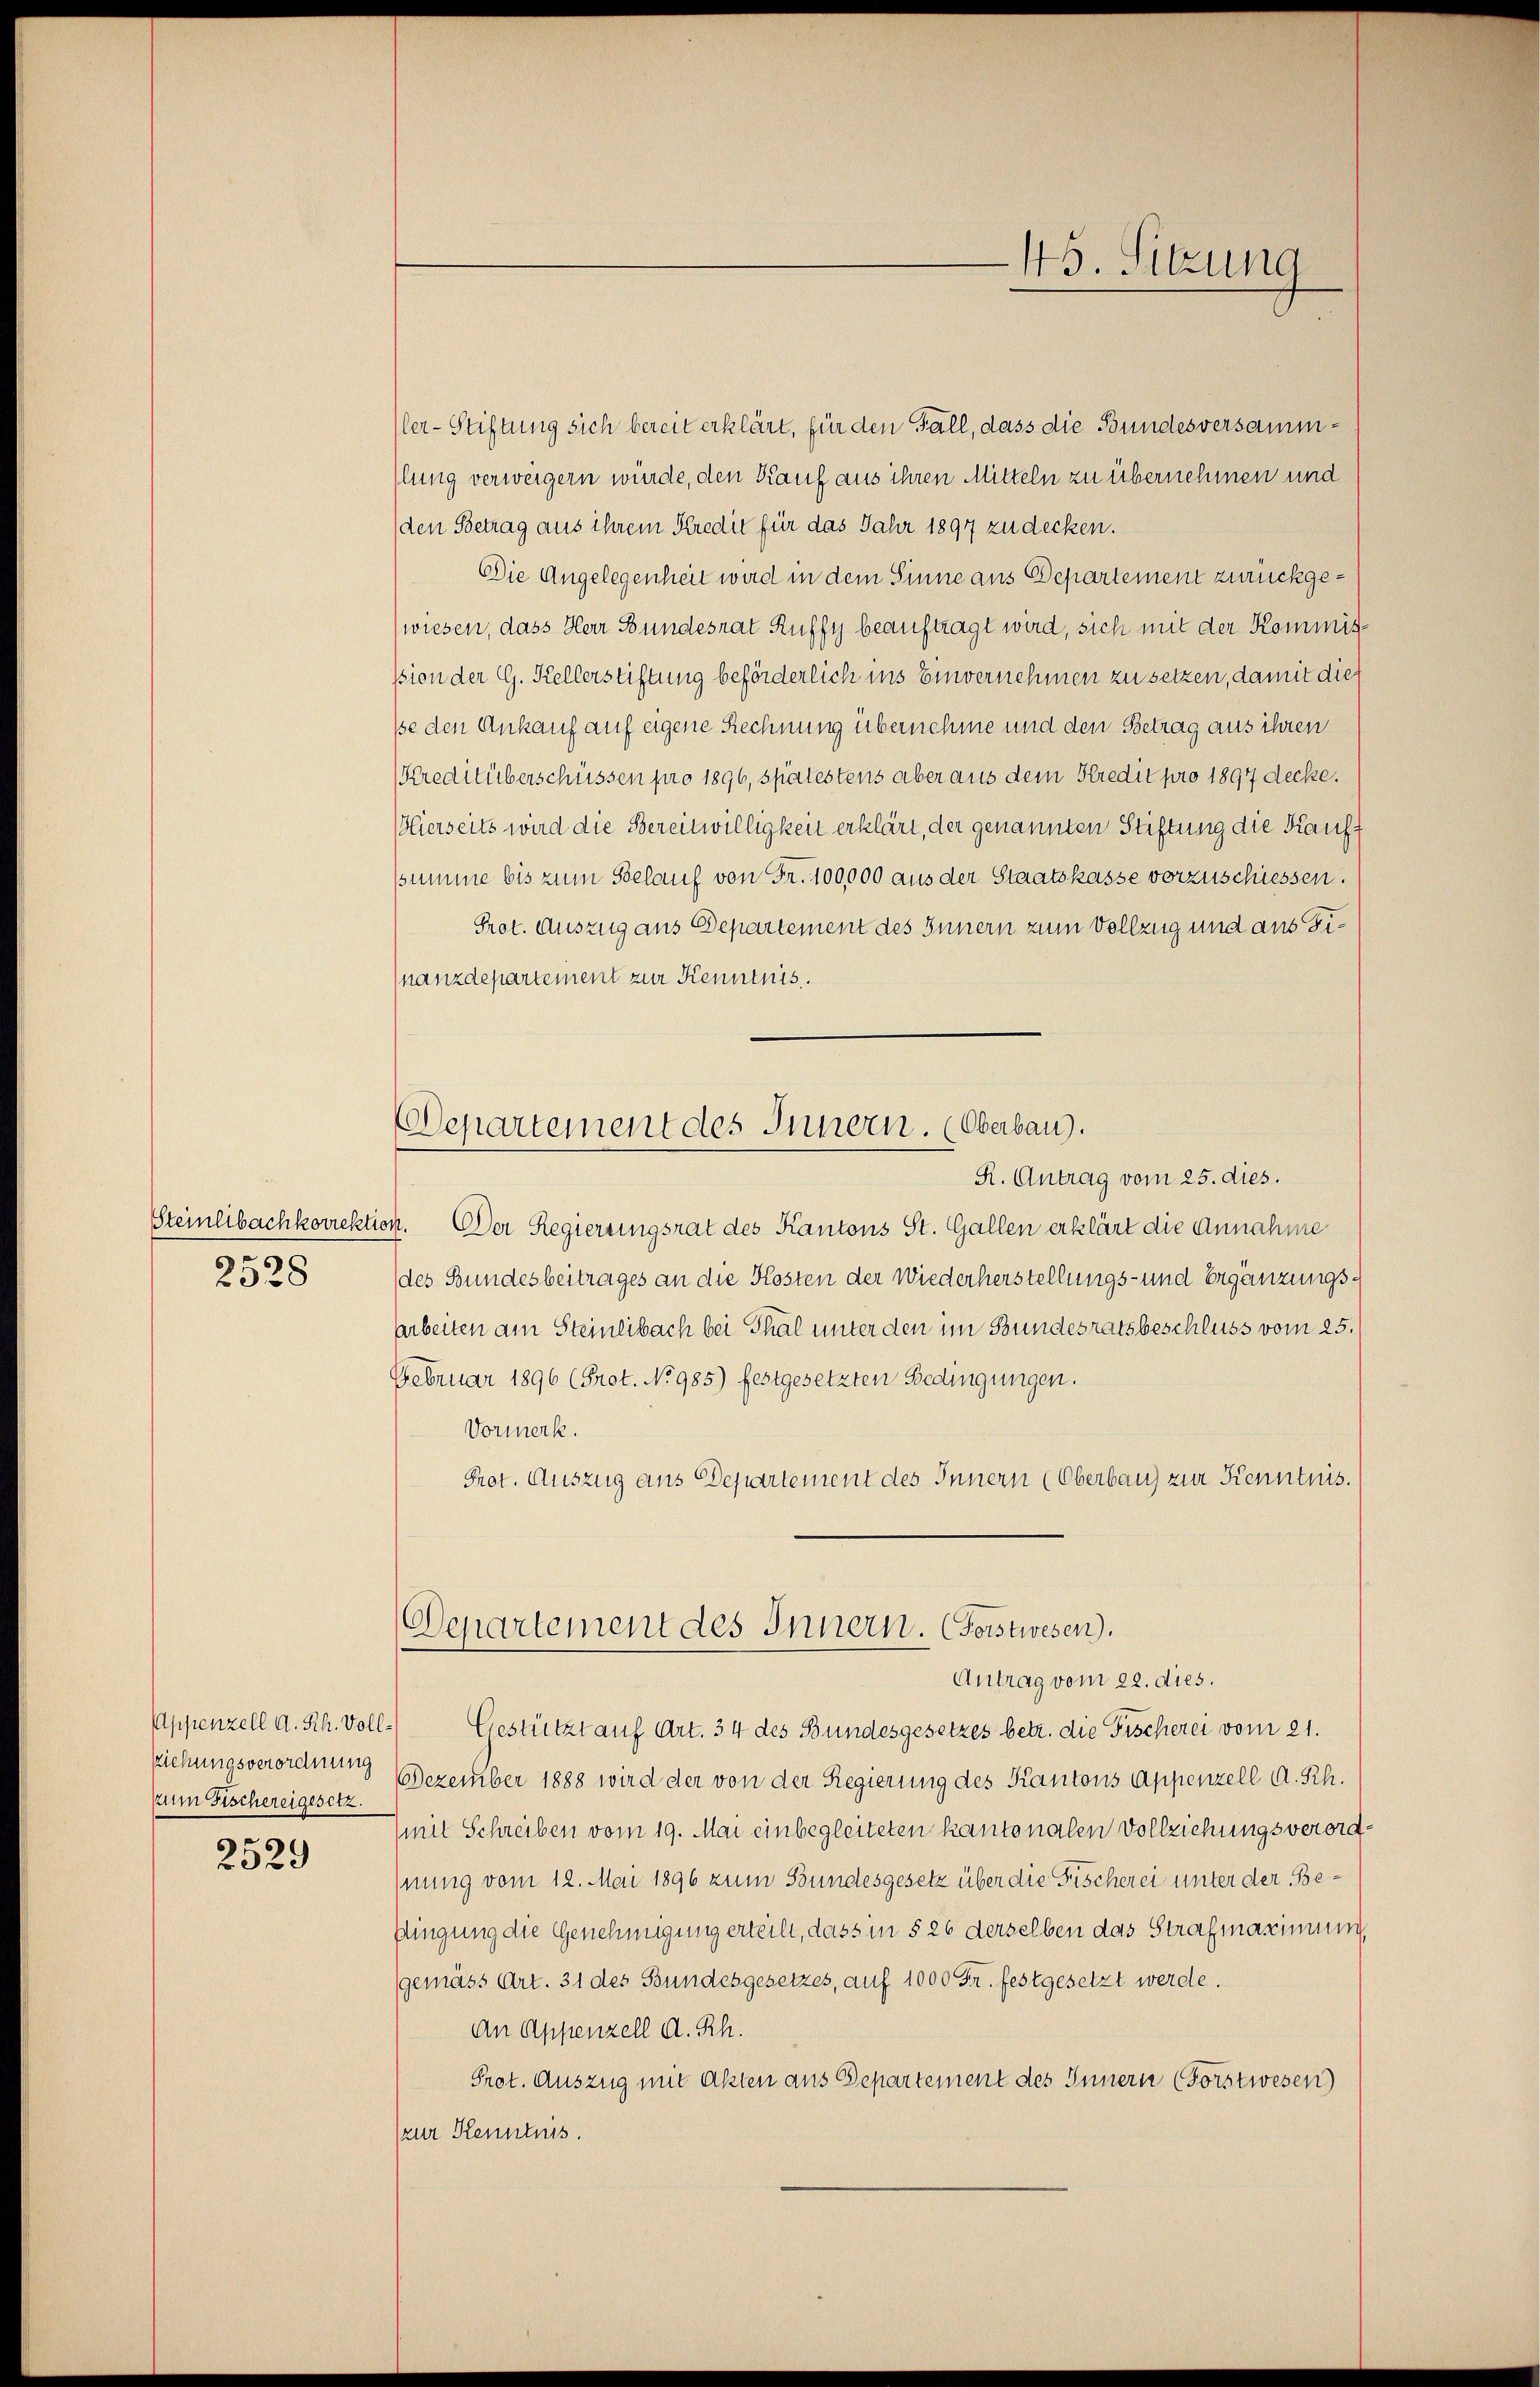
Steinlibachkorrekti
2528

Ziehungsverordnung
zum Fischereigesetz
2529

Departement des Innern. (Oberbau).

ler-Stiftung sich bereit erklärt, für den Fall, dass die Bundesversammlung verweigern würde, den Kauf aus ihren Mitteln zu übernehmen und
den Betrag aus ihrem Kredit für das Jahr 1897 zu decken.
Die Angelegenheit wird in dem Sinne aus Departement zurückgewiesen, dass Herr Bundesrat Ruffy beauftragt wird, sich mit der Kommisssion der G. Kellerstiftung beförderlich ins Einvernehmen zu setzen, damit dies
sse den Ankauf auf eigene Rechnung übernehme und den Betrag aus ihren
Kreditüberschüssen pro 1896, spätestens aber aus dem Kredit pro 1897 decke.
ierseits wird die Bereitwilligkeit erklärt, der genannten Stiftung die Kauft
ssumme bis zum Belauf von Fr. 100,000 aus der Staatskasse vorzuschiessen.
Prot. Auszug aus Departement des Innern zum Vollzug und aus Finanzdepartement zur Kenntnis.
R. Antrag vom 25. dies.
m. Der Regierungsrat des Kantons St. Gallen erklärt die Annahme
(des Bundesbeitrages an die Kosten der Wiederherstellungs- und Ergänzungs¬
Arbeiten am Steinlibach bei Thal unter den im Bundesratsbeschluss vom 25.
Februar 1896 (Prot. No 985) festgesetzten Bedingungen.
Vormerk.
Prot. Auszug aus Departement des Innern (Oberbau zur Kenntnis.
Departement des Innern. (Forstwesen.
Antrag vom 22. dies.
Appenzell A. Rh. Voll- Gestützt auf Art. 34 des Bundesgesetzes betr. die Fischerei vom 21.
Dezember 1888 wird der von der Regierung des Kantons Appenzell A. Rh.
(mit Schreiben vom 19. Mai einbegleiteten kantonalen Vollziehungsverordnung vom 12. Mai 1896 zum Bundesgesetz über die Fischerei unter der Be¬
Pingung die Genehmigung erteilt, dass in § 26 derselben das Strafmaximum
gemäss Art. 31 des Bundesgesetzes, auf 1000 Fr. festgesetzt werde.
An Appenzell A. Rh.
Prot. Auszug mit Akten aus Departement des Innern (Forstwesen
zur Kenntnis.

45. Sitzung